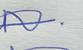
Signature authenticity: genuine